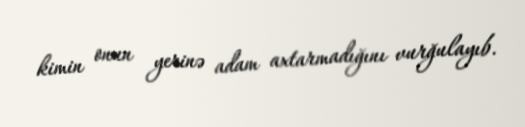
kimin onun yerinə adam axtarmadığını vurğulayıb.